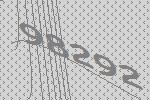
98292